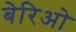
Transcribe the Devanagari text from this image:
बेरिओ